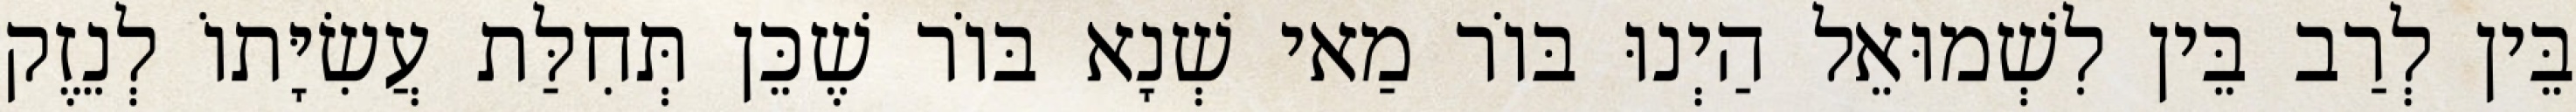
בֵּין לְרַב בֵּין לִשְׁמוּאֵל הַיְנוּ בּוֹר מַאי שְׁנָא בּוֹר שֶׁכֵּן תְּחִלַּת עֲשִׂיָּתוֹ לְנֵזֶק